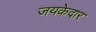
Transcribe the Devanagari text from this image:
जयकेदार